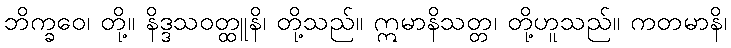
ဘိက္ခဝေ၊ တို့။ နိဒ္ဒသဝတ္ထူနိ၊ တို့သည်။ ဣမာနိသတ္တ၊ တို့ဟူသည်။ ကတမာနိ၊